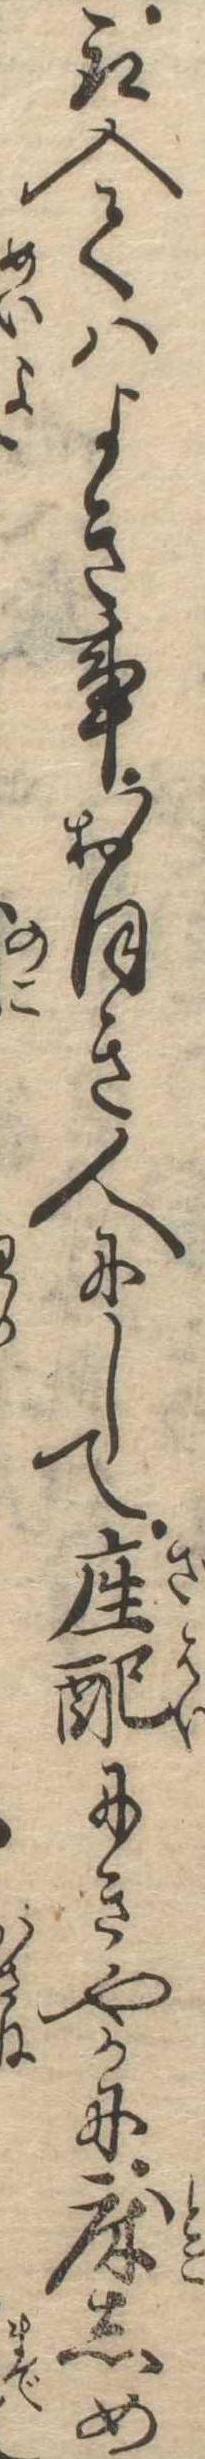
取入てはよき事おほき人にして座配にきやかに床しめ